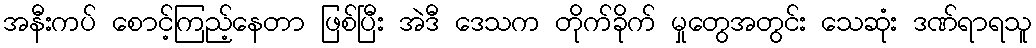
အနီးကပ် စောင့်ကြည့်နေတာ ဖြစ်ပြီး အဲဒီ ဒေသက တိုက်ခိုက် မှုတွေအတွင်း သေဆုံး ဒဏ်ရာရသူ